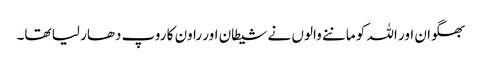
بھگوان اور اللہ کو ماننے والوں نے شیطان اور راون کا روپ دھار لیا تھا۔